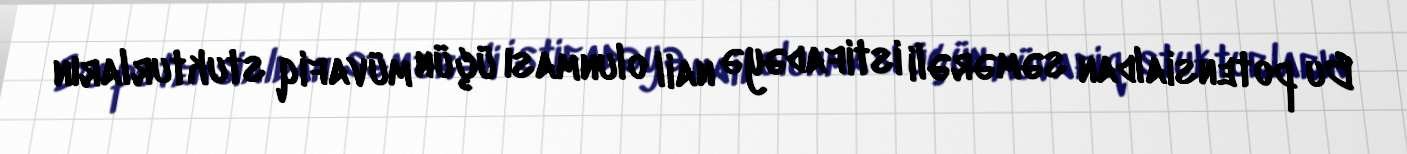
Bu potensialdan səmərəli istifadəyə nail olunması üçün müvafiq stukturların